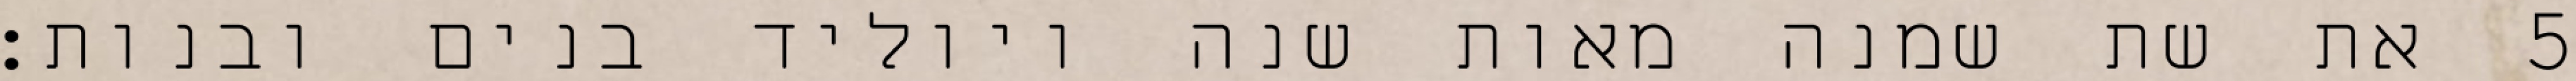
את שת שמנה מאות שנה ויוליד בנים ובנות׃ ‎5‏